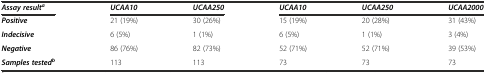
<table><thead><tr><td><b><i>Assay result</i><sup><i>a</i></sup></b></td><td><b><i>UCAA10</i></b></td><td><b><i>UCAA250</i></b></td><td><b><i>UCAA10</i></b></td><td><b><i>UCAA250</i></b></td><td><b><i>UCAA2000</i></b></td></tr></thead><tbody><tr><td><b><i>Positive</i></b></td><td>21 (19%)</td><td>30 (26%)</td><td>15 (19%)</td><td>20 (28%)</td><td>31 (43%)</td></tr><tr><td><b><i>Indecisive</i></b></td><td>6 (5%)</td><td>1 (1%)</td><td>6 (5%)</td><td>1 (1%)</td><td>3 (4%)</td></tr><tr><td><b><i>Negative</i></b></td><td>86 (76%)</td><td>82 (73%)</td><td>52 (71%)</td><td>52 (71%)</td><td>39 (53%)</td></tr><tr><td><b><i>Samples tested</i></b><sup><b><i>b</i></b></sup></td><td>113</td><td>113</td><td>73</td><td>73</td><td>73</td></tr></tbody></table>